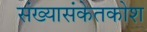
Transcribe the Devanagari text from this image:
संख्यासंकेतकोश